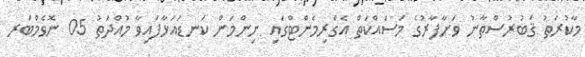
މާކުރަތު ޤަބުރުސްތާނު ވަށާފާރުގެ މަސައްކަތް އެގްރިމެންޓްގައި ނިންމަން ކަނޑައަޅާފައިވާ މުއްދަތު 05 ނޮވެމްބަރ